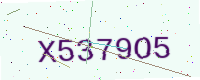
Text: X5379O5